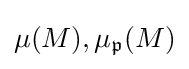
\mu (M),\mu _{\mathfrak {p}}(M)